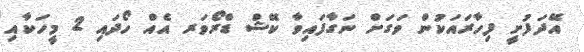
އޭދަފުށީ ފިހާރައަކުން ވަގަށް ނަގާފައިވާ ކޭޝް ޑްރޯވަރ އެއް ހޯދައި 2 މީހަކާއި